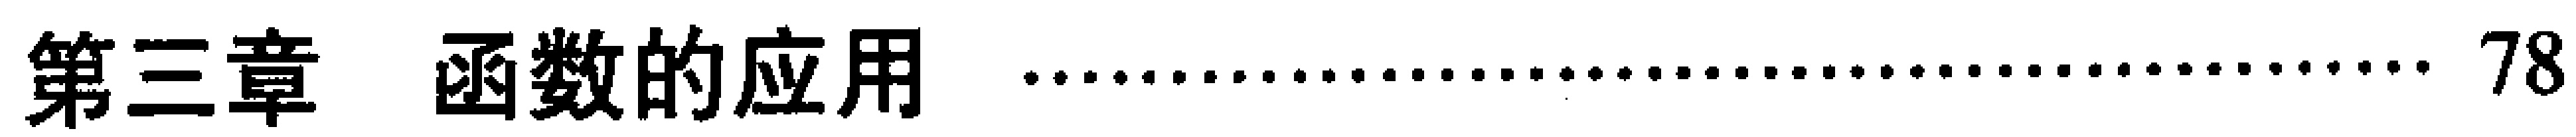
第三章 \quad 函数的应用\quad\ldots\ldots\quad 78